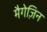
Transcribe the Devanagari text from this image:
मैगेज़िन